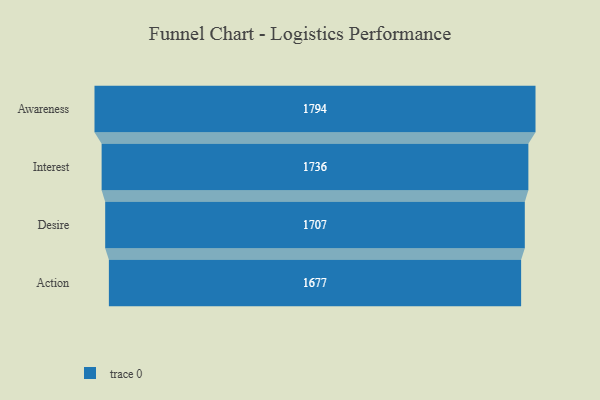
{"axis": {"x": "Stage", "y": "Value"}, "legend": [""], "data": [{"x": "Awareness", "y": 1794.0, "type": ""}, {"x": "Interest", "y": 1736.0, "type": ""}, {"x": "Desire", "y": 1707.0, "type": ""}, {"x": "Action", "y": 1677.0, "type": ""}]}